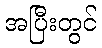
အပြီးတွင်